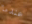
عندما